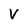
Character: V